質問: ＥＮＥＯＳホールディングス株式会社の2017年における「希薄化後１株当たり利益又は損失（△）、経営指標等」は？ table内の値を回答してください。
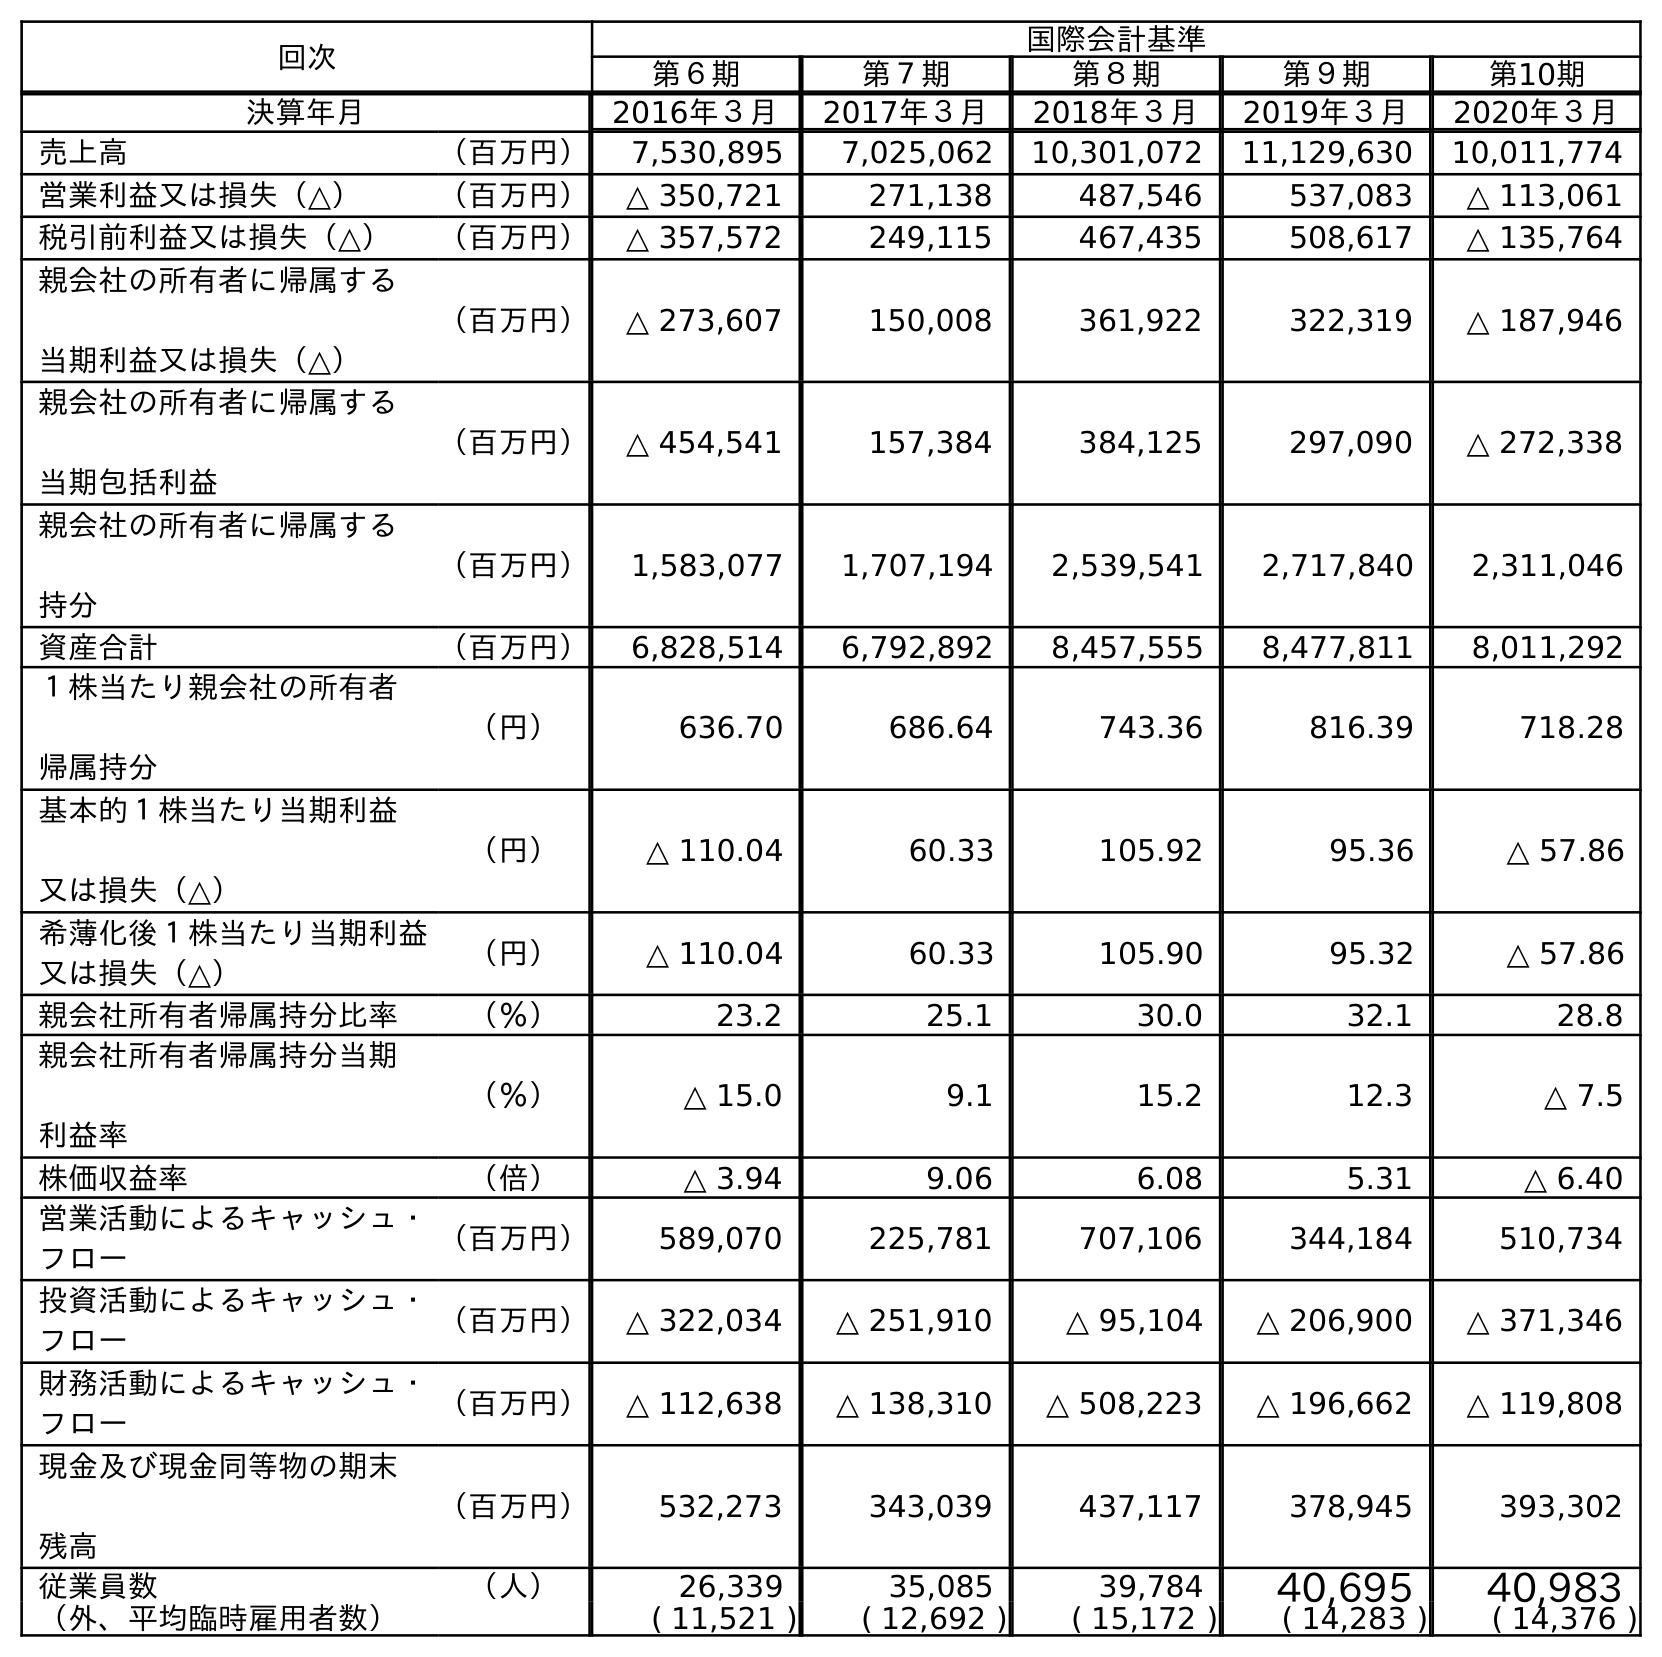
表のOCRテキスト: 回次 国際会計基準 第６期 第７期 第８期 第９期 第10期 決算年月 2016年３月 2017年３月 2018年３月 2019年３月 2020年３月 売上高 （百万円） 7,530,895 7,025,062 10,301,072 11,129,630 10,011,774 営業利益又は損失（△） （百万円） △ 350,721 271,138 487,546 537,083 △ 113,061 税引前利益又は損失（△） （百万円） △ 357,572 249,115 467,435 508,617 △ 135,764 親会社の所有者に帰属する 当期利益又は損失（△） （百万円） △ 273,607 150,008 361,922 322,319 △ 187,946 親会社の所有者に帰属する 当期包括利益 （百万円） △ 454,541 157,384 384,125 297,090 △ 272,338 親会社の所有者に帰属する 持分 （百万円） 1,583,077 1,707,194 2,539,541 2,717,840 2,311,046 資産合計 （百万円） 6,828,514 6,792,892 8,457,555 8,477,811 8,011,292 １株当たり親会社の所有者 帰属持分 （円） 636.70 686.64 743.36 816.39 718.28 基本的１株当たり当期利益 又は損失（△） （円） △ 110.04 60.33 105.92 95.36 △ 57.86 希薄化後１株当たり当期利益 又は損失（△） （円） △ 110.04 60.33 105.90 95.32 △ 57.86 親会社所有者帰属持分比率 （％） 23.2 25.1 30.0 32.1 28.8 親会社所有者帰属持分当期 利益率 （％） △ 15.0 9.1 15.2 12.3 △ 7.5 株価収益率 （倍） △ 3.94 9.06 6.08 5.31 △ 6.40 営業活動によるキャッシュ・ フロー （百万円） 589,070 225,781 707,106 344,184 510,734 投資活動によるキャッシュ・ フロー （百万円） △ 322,034 △ 251,910 △ 95,104 △ 206,900 △ 371,346 財務活動によるキャッシュ・ フロー （百万円） △ 112,638 △ 138,310 △ 508,223 △ 196,662 △ 119,808 現金及び現金同等物の期末 残高 （百万円） 532,273 343,039 437,117 378,945 393,302 従業員数 （人） 26,339 35,085 39,784 40,695 40,983 （外、平均臨時雇用者数） ( 11,521 ) ( 12,692 ) ( 15,172 ) ( 14,283 ) ( 14,376 )
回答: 60.33